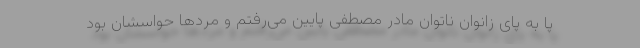
پا به پای زانوان ناتوان مادر مصطفی پایین می‌رفتم و مردها حواسشان بود